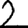
Digit: 2